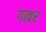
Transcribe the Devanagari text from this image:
गत्वर